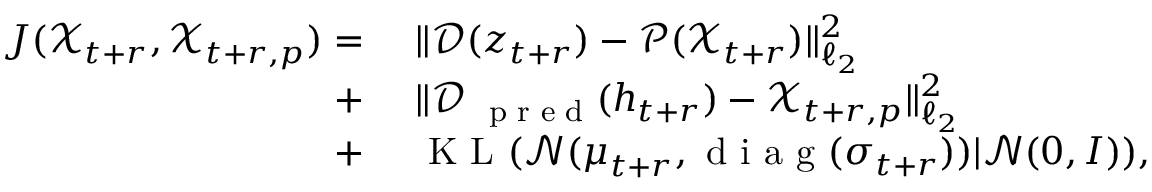
\begin{array} { r l } { J ( \mathcal X _ { t + r } , \mathscr X _ { t + r , p } ) = } & { { } ~ \| \mathcal D ( \boldsymbol z _ { t + r } ) - \mathcal P ( \mathcal X _ { t + r } ) \| _ { \ell _ { 2 } } ^ { 2 } } \\ { + } & { { } ~ \| \mathcal D _ { \mathrm { ~ \scriptsize ~ p ~ r ~ e ~ d ~ } } ( \boldsymbol h _ { t + r } ) - \mathscr X _ { t + r , p } \| _ { \ell _ { 2 } } ^ { 2 } } \\ { + } & { { } ~ \mathrm { ~ K ~ L ~ } ( \mathcal N ( \boldsymbol \mu _ { t + r } , \mathrm { ~ d ~ i ~ a ~ g ~ } ( \boldsymbol \sigma _ { t + r } ) ) | \mathcal N ( \boldsymbol 0 , \boldsymbol I ) ) , } \end{array}